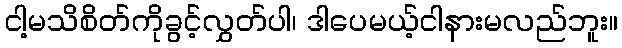
ငါ့မသိစိတ်ကိုခွင့်လွှတ်ပါ၊ ဒါပေမယ့်ငါနားမလည်ဘူး။